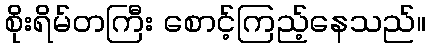
စိုးရိမ်တကြီး စောင့်ကြည့်နေသည်။